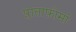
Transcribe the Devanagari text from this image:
प्लाताफ़ोर्मा